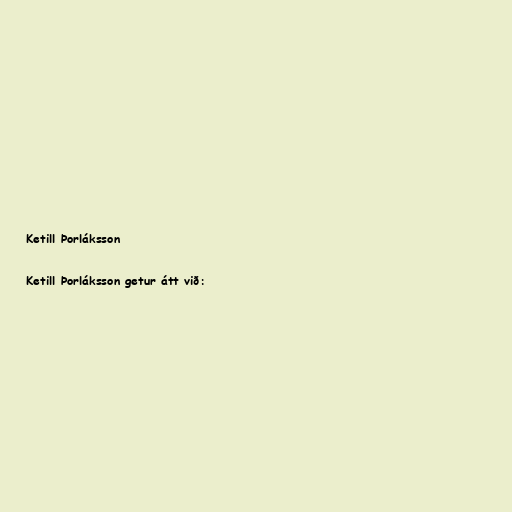
Ketill Þorláksson

Ketill Þorláksson getur átt við: